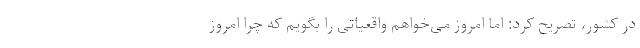
در کشور، تصریح کرد: اما امروز می‌خواهم واقعیاتی را بگویم که چرا امروز